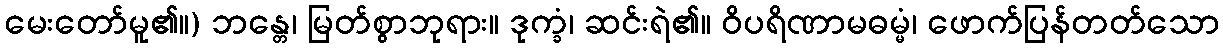
မေးတော်မူ၏။) ဘန္တေ၊ မြတ်စွာဘုရား။ ဒုက္ခံ၊ ဆင်းရဲ၏။ ဝိပရိဏာမဓမ္မံ၊ ဖောက်ပြန်တတ်သော